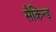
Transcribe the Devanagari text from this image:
सैकिन्ड